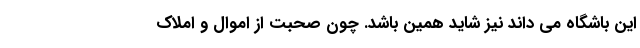
این باشگاه می داند نیز شاید همین باشد. چون صحبت از اموال و املاک